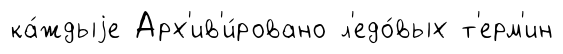
ка́ждыjе Арх'ив'и́ровано л'едо́вых т'ерм'ин